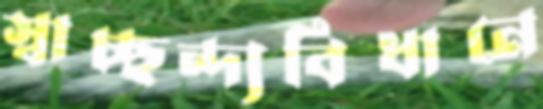
স্বাচ্ছন্দ্যবিধানে